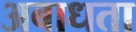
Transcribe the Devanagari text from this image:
अबाधता